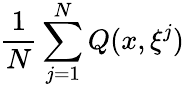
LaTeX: {\frac{1}{N}}\sum_{j=1}^{N}Q(x,\xi^{j})